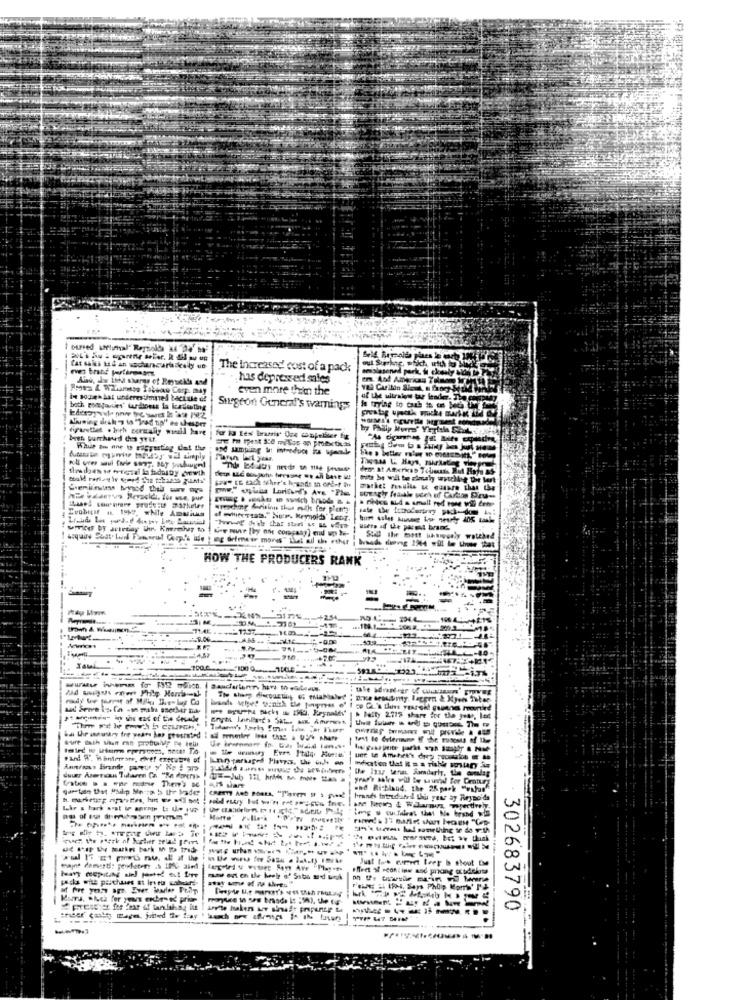
The Increased! cost of a pack
maissenad pork li ckaaly
Alas, de itha shares of Eryuckds and
has depressed mies
em. And Amirkan Talmare
even more them the
of the ultralow tour leader.
Surgeon General's wamings
Siuwing desk 7 to "Trad up" he hesper
figurethat . high germany wooll bare
De," piase Laritund's Ave "Pis
& Findes aud a small red nome
UITed by artrtiay Uhr. Kmermivy to
ng Sofrnew mores" Thel ail the ether
-----
HOW THE PRODUCERS RANK
----
--.
Delty 2.775 share for the year, led
Suur Aserucan Tutaren Ca. "Ra dorerys
gur tase Dat Mailip Metro b Ihr bader
als sart
wad Ri-Bland, the 25 pork "value"
brands Intruders the year ay Rrypo'ds
Long u cui fairet thet No brand $
------
Just toch comeet teer b shout Le
302683790